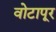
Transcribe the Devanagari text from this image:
वोटापूर